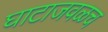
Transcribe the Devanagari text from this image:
घाटाजवळच